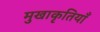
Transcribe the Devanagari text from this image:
मुखाकृतियाँ